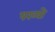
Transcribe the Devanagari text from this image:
पख्‍यो